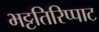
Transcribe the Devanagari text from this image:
भट्टतिरिप्पाट